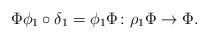
LaTeX: \begin{align*}\Phi \phi_1 \circ \delta_1 = \phi_1 \Phi\colon \rho_1 \Phi \to \Phi. \end{align*}